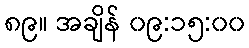
၈၉။ အချိန် ၀၉:၁၅:၀၀